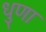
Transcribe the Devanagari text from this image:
धुणा